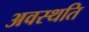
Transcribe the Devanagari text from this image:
अवस्थति